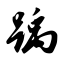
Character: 踽